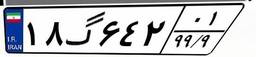
۱۸گ۶۴۲۰۱